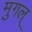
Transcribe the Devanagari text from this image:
मुगल्